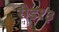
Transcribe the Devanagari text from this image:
रोड१३